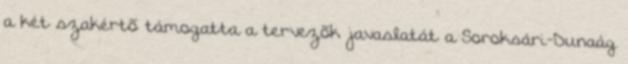
a két szakértõ támogatta a tervezõk javaslatát a Soroksári-Dunaág